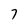
Character: 7